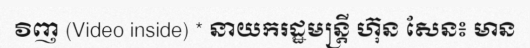
វិញ (Video inside) * នាយករដ្ឋមន្ត្រី ហ៊ុន សែន៖ មាន